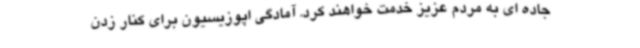
جاده ای به مردم عزیز خدمت خواهند کرد. آمادگی اپوزیسیون برای کنار زدن